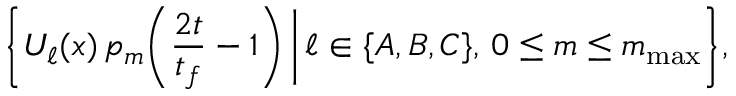
\bigg \{ U _ { \ell } ( { \boldsymbol { x } } ) \, p _ { m } \bigg ( \frac { 2 t } { t _ { f } } - 1 \bigg ) \, \bigg | \, \ell \in \{ A , B , C \} , \, 0 \leq m \leq m _ { \mathrm { m a x } } \bigg \} ,